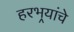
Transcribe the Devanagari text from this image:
हरभर्‍यांचे